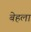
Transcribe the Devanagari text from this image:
बेहला